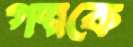
গল্পকে